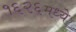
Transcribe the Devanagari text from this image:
१६२६मध्ये